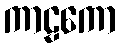
ကာဠကော